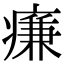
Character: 㾾